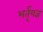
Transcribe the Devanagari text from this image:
भर्तृयज्ञ